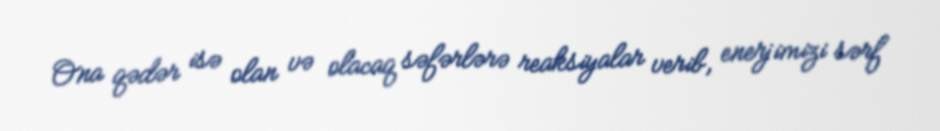
Ona qədər isə olan və olacaq səfərlərə reaksiyalar verib, enerjimizi sərf